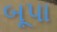
બૂપા